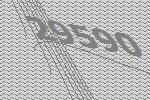
29590